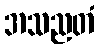
အသညတံ